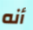
أنه